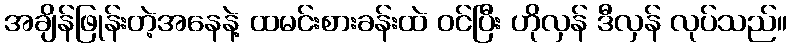
အချိန်ဖြုန်းတဲ့အနေနဲ့ ထမင်းစားခန်းထဲ ဝင်ပြီး ဟိုလှန် ဒီလှန် လုပ်သည်။